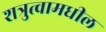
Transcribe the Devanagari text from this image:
शत्रुत्वामधील